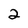
Character: 2